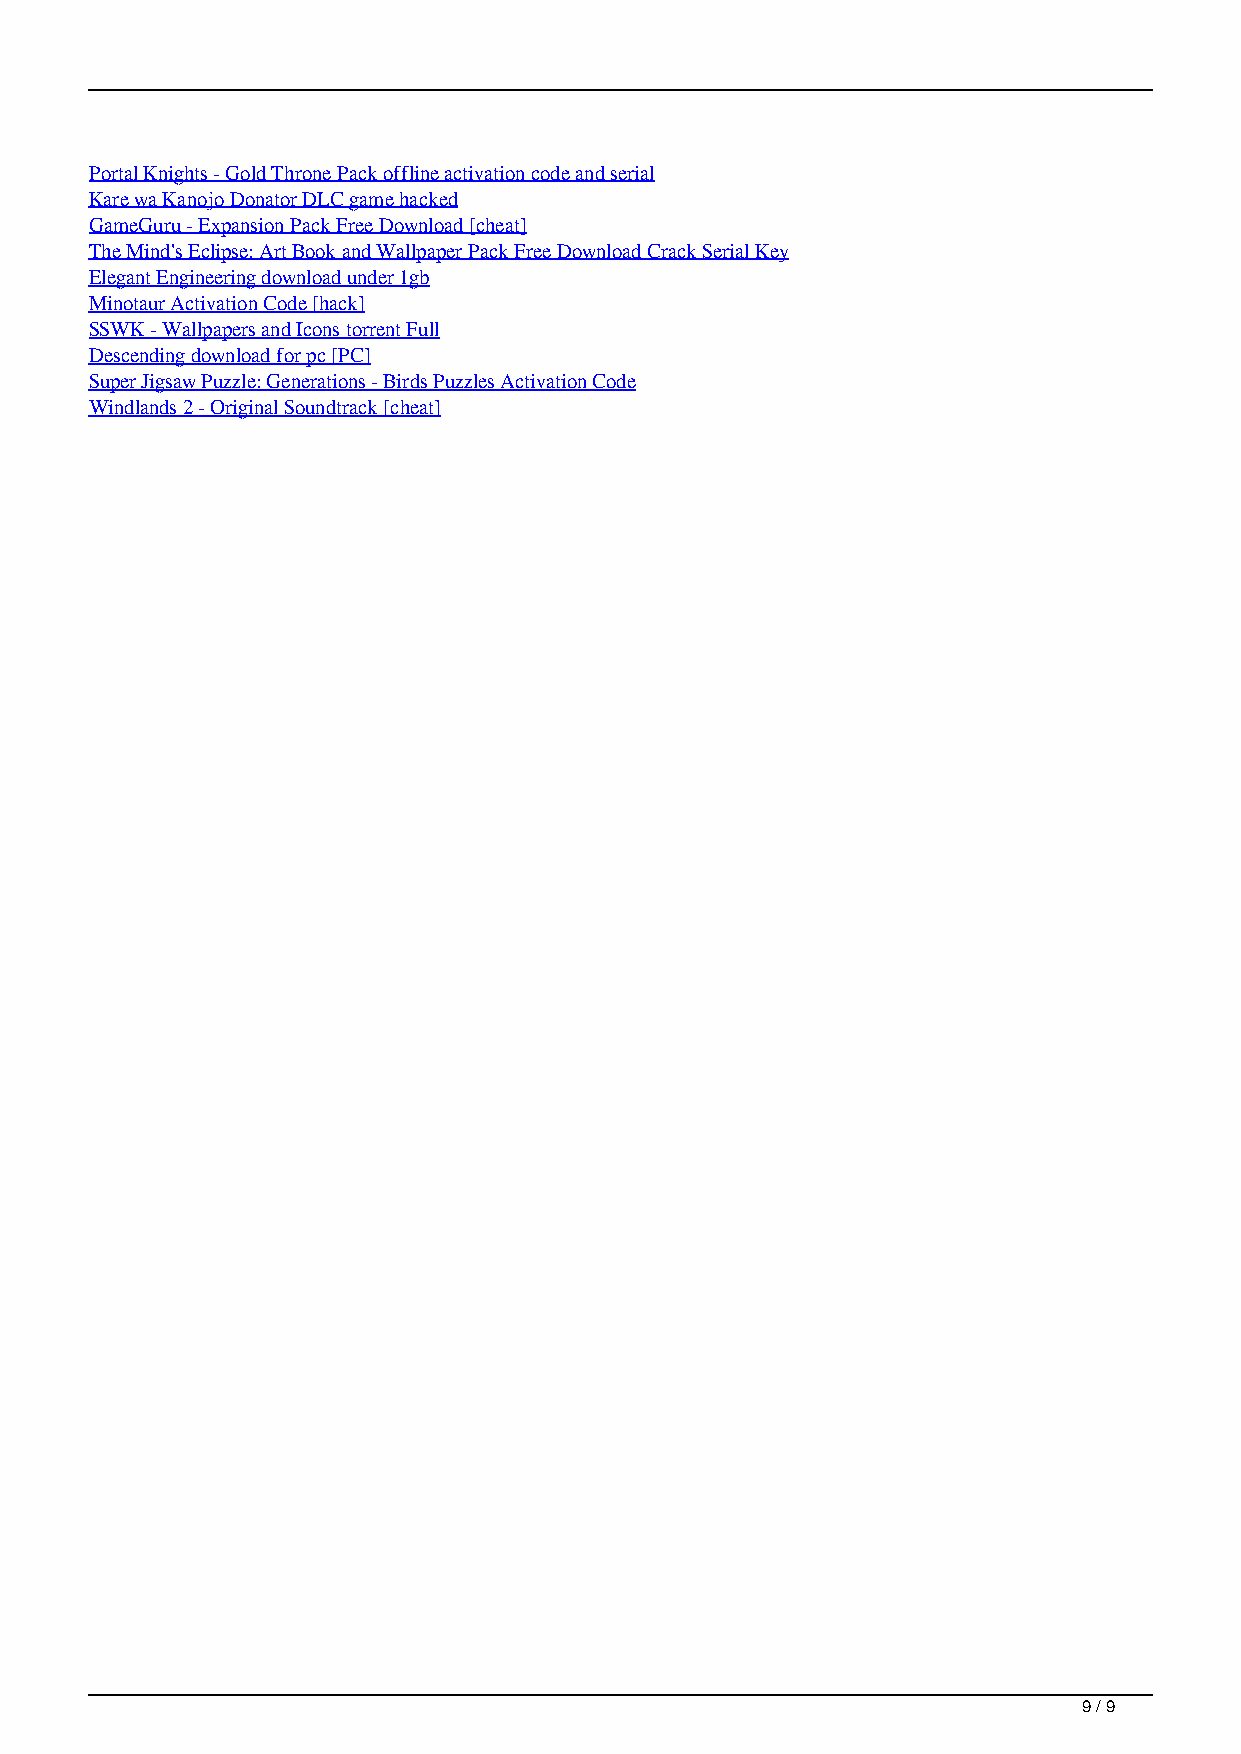
Portal Knights - Gold Throne Pack offline activation code and serial
 Kare wa Kanojo Donator DLC game hacked
 GameGuru - Expansion Pack Free Download [cheat]
 The Mind's Eclipse: Art Book and Wallpaper Pack Free Download Crack Serial Key
 Elegant Engineering download under 1gb
 Minotaur Activation Code [hack]
 SSWK - Wallpapers and Icons torrent Full
 Descending download for pc [PC]
 Super Jigsaw Puzzle: Generations - Birds Puzzles Activation Code
 Windlands 2 - Original Soundtrack [cheat]
 9 / 9
 Free Download Khaaneph Fleet Pack